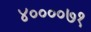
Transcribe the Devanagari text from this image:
४००००७१